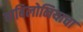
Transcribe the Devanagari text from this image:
बाबिलोनियाचा